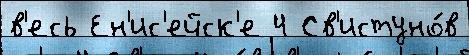
в'есь Ен'ис'ейск'е 4 Св'истуно́в